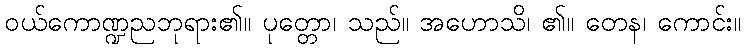
ဝယ်ကောဏ္ဍညဘုရား၏။ ပုတ္တော၊ သည်။ အဟောသိ၊ ၏။ တေန၊ ကောင်း။